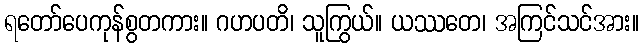
ရတော်ပေကုန်စွတကား။ ဂဟပတိ၊ သူကြွယ်။ ယဿတေ၊ အကြင်သင်အား။